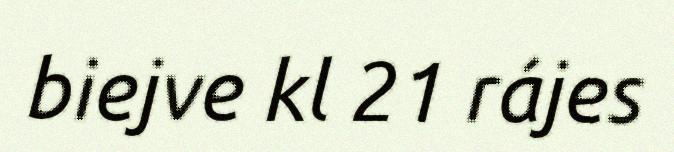
biejve kl 21 rájes